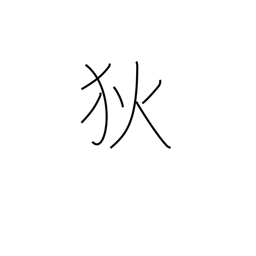
Meaning: barbarian